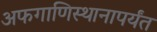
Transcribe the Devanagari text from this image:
अफगाणिस्थानापर्यंत